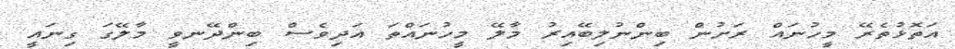
އަތޮޅުތެރޭ މީހުނައް ރަށުން ބިންނުލިބޭއިރު މާލޭ މީހުނައްތަ އަދިވެސް ބިންދޭނވީ މާލޭގަ ގިނައީ